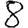
Digit: 8